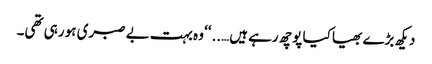
دیکھ بڑے بھیا کیا پوچھ رہے ہیں…..‘‘ وہ بہت بے صبری ہو رہی تھی۔